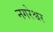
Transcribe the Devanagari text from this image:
नगरेश्वर